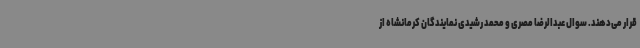
قرار می‌دهند. سوال عبدالرضا مصری و محمد رشیدی نمایندگان کرمانشاه از